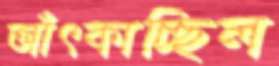
আঁৎকাচ্ছিল